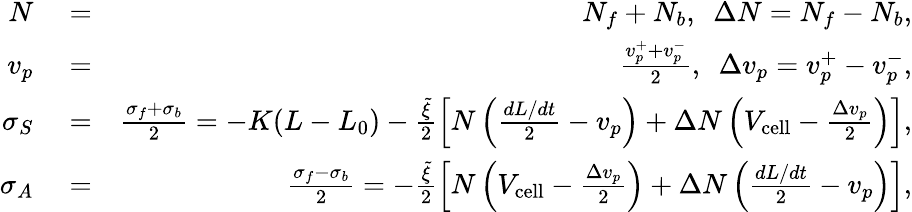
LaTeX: \begin{array}{rlr}{N}&{{}=}&{N_{f}+N_{b},\ \ \Delta N=N_{f}-N_{b},}\\ {v_{p}}&{{}=}&{\frac{v_{p}^{+}+v_{p}^{-}}{2},\ \ \Delta v_{p}=v_{p}^{+}-v_{p}^{-},}\\ {\sigma_{S}}&{{}=}&{\frac{\sigma_{f}+\sigma_{b}}{2}=-K(L-L_{0})-\frac{\tilde{\xi}}{2}\left[N\left(\frac{dL/dt}{2}-v_{p}\right)+\Delta N\left(V_{\mathrm{cell}}-\frac{\Delta v_{p}}{2}\right)\right],}\\ {\sigma_{A}}&{{}=}&{\frac{\sigma_{f}-\sigma_{b}}{2}=-\frac{\tilde{\xi}}{2}\left[N\left(V_{\mathrm{cell}}-\frac{\Delta v_{p}}{2}\right)+\Delta N\left(\frac{dL/dt}{2}-v_{p}\right)\right],}\end{array}